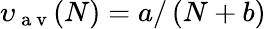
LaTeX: \upsilon_{\mathrm{~a~v~}}(N)=a/\left(N+b\right)